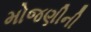
મોજણીની